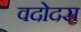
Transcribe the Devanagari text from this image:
वदोदरा